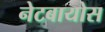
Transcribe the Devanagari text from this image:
नेटबायोस